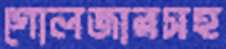
গোলজারসহ